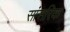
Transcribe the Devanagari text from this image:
सांसरिक